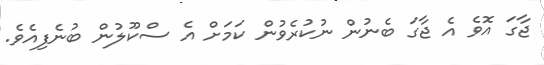
ޖާގަ އޮވެ އެ ޖާގަ ބެނުން ނުކުރެވުން ކަމަށް އެ ސްކޫލުން ބުނެފިއެވެ.